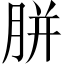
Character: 胼